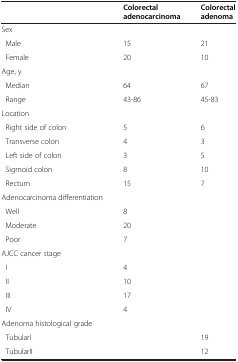
|  | Colorectal adenocarcinoma | Colorectal adenoma |
 | --- | --- | --- |
 | Sex |  |  |
 | Male | 15 | 21 |
 | Female | 20 | 10 |
 | Age, y |  |  |
 | Median | 64 | 67 |
 | Range | 43-86 | 45-83 |
 | Location |  |  |
 | Right side of colon | 5 | 6 |
 | Transverse colon | 4 | 3 |
 | Left side of colon | 3 | 5 |
 | Sigmoid colon | 8 | 10 |
 | Rectum | 15 | 7 |
 | Adenocarcinoma differentiation |  |  |
 | Well | 8 |  |
 | Moderate | 20 |  |
 | Poor | 7 |  |
 | AJCC cancer stage |  |  |
 | I | 4 |  |
 | II | 10 |  |
 | III | 17 |  |
 | IV | 4 |  |
 | Adenoma histological grade |  |  |
 | TubularI |  | 19 |
 | TubularII |  | 12 |